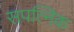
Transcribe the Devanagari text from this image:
सपत्निक